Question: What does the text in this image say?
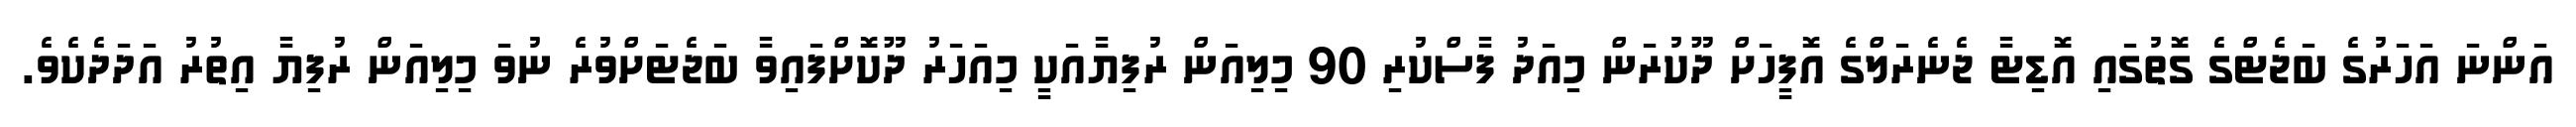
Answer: އަންނަ އަހަރުގެ ބަޖެޓްގެ ގޮތުގައި އޮޑިޓާ ޖެނެރަލްގެ އޮފީހަށް ދޫކުރަން މިއަދު ފާސްކުރި 90 މިލިއަން ރުފިޔާއަކީ މިއަހަރު ދޫކޮށްފައިވާ ބަޖެޓަށްވުރެ ނުވަ މިލިއަން ރުފިޔާ އިތުރު އަދަދެކެވެ.